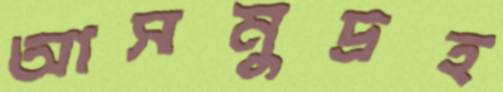
আসমুদ্রহ